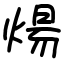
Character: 煬